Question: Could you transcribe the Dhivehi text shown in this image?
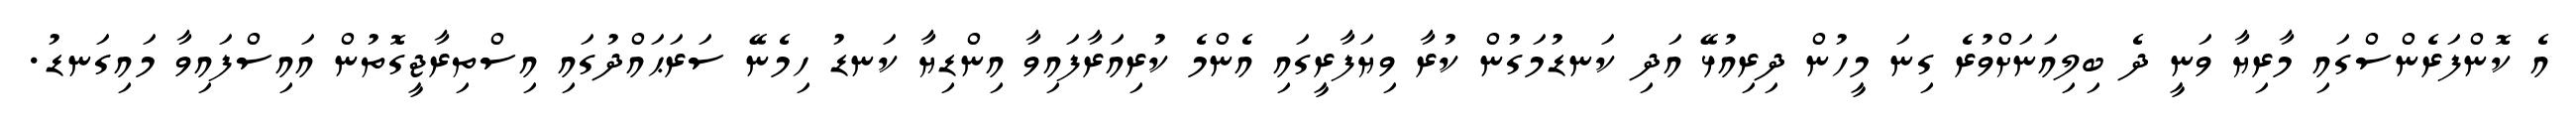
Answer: އެ ކޮންފަރެންސްގައި މާރިޔާ ވަނީ ދެ ބިލިއަނަށްވުރެ ގިނަ މީހުން ދިރިއުޅޭ އަދި ކަނޑުމަގުން ކުރާ ވިޔަފާރީގައި އެންމެ ކުރިއަރާފައިވާ އިންޑިޔާ ކަނޑު ހިމެނޭ ސަރަޙައްދުގައި އިސްތިރާޖީގޮތުން އައިސްފައިވާ މައިގަނޑު.